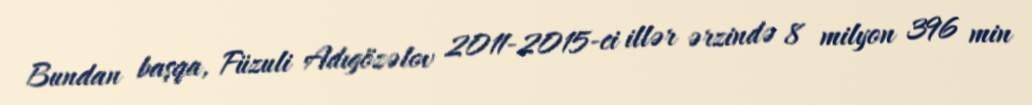
Bundan başqa, Füzuli Adıgözəlov 2011-2015-ci illər ərzində 8 milyon 396 min